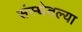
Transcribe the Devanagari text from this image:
संस्थेतल्या